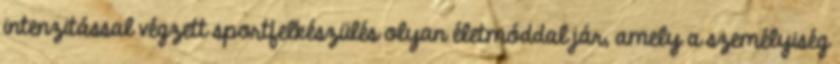
intenzitással végzett sportfelkészülés olyan életmóddal jár, amely a személyiség